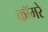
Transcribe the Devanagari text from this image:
कॉमरे